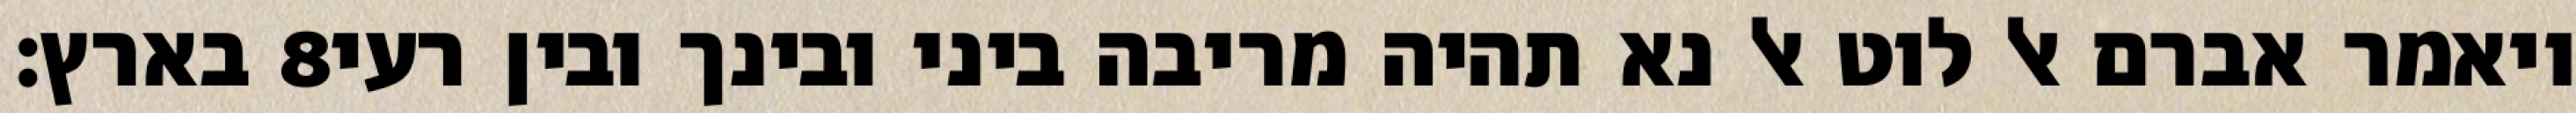
בארץ׃ ‎8‏ ויאמר אברם אל לוט אל נא תהיה מריבה ביני ובינך ובין רעי